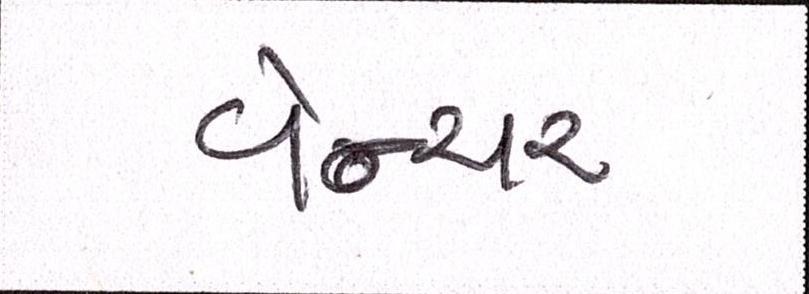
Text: વેન્ચર